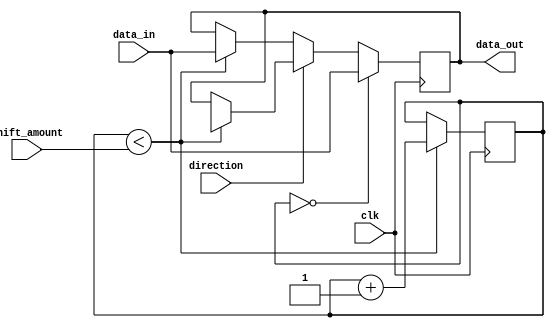
module shift_register (
    input wire clk,
    input wire direction, // 0 for left shift, 1 for right shift
    input wire [3:0] shift_amount,
    input wire data_in,
    output reg data_out
);

reg [3:0] shift_count;

always @ (posedge clk) begin
    if (direction == 0) begin
        if (shift_count < shift_amount) begin
            data_out <= {data_out[2:0], data_in};
            shift_count <= shift_count + 1;
        end
    end
    else begin
        if (shift_count < shift_amount) begin
            data_out <= {data_in, data_out[3:1]};
            shift_count <= shift_count + 1;
        end
    end

    if (shift_count == 0) begin
        data_out <= data_in;
    end
end

endmodule